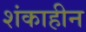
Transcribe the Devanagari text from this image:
शंकाहीन